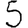
Digit: 5